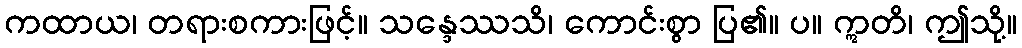
ကထာယ၊ တရားစကားဖြင့်။ သန္ဒေဿသိ၊ ကောင်းစွာ ပြ၏။ ပ။ ဣတိ၊ ဤသို့။